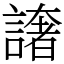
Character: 譇